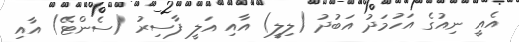
އެއީ ނިއުގެ އަހުމަދު އަބުދު (ލިލީ) އާއި އަލީ ފާސިރު (ސެންޓޭ) އާއި